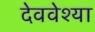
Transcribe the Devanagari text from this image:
देववेश्या